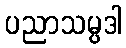
ပညာသမ္ပဒါ